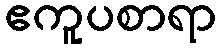
ဧကူပစာရာ